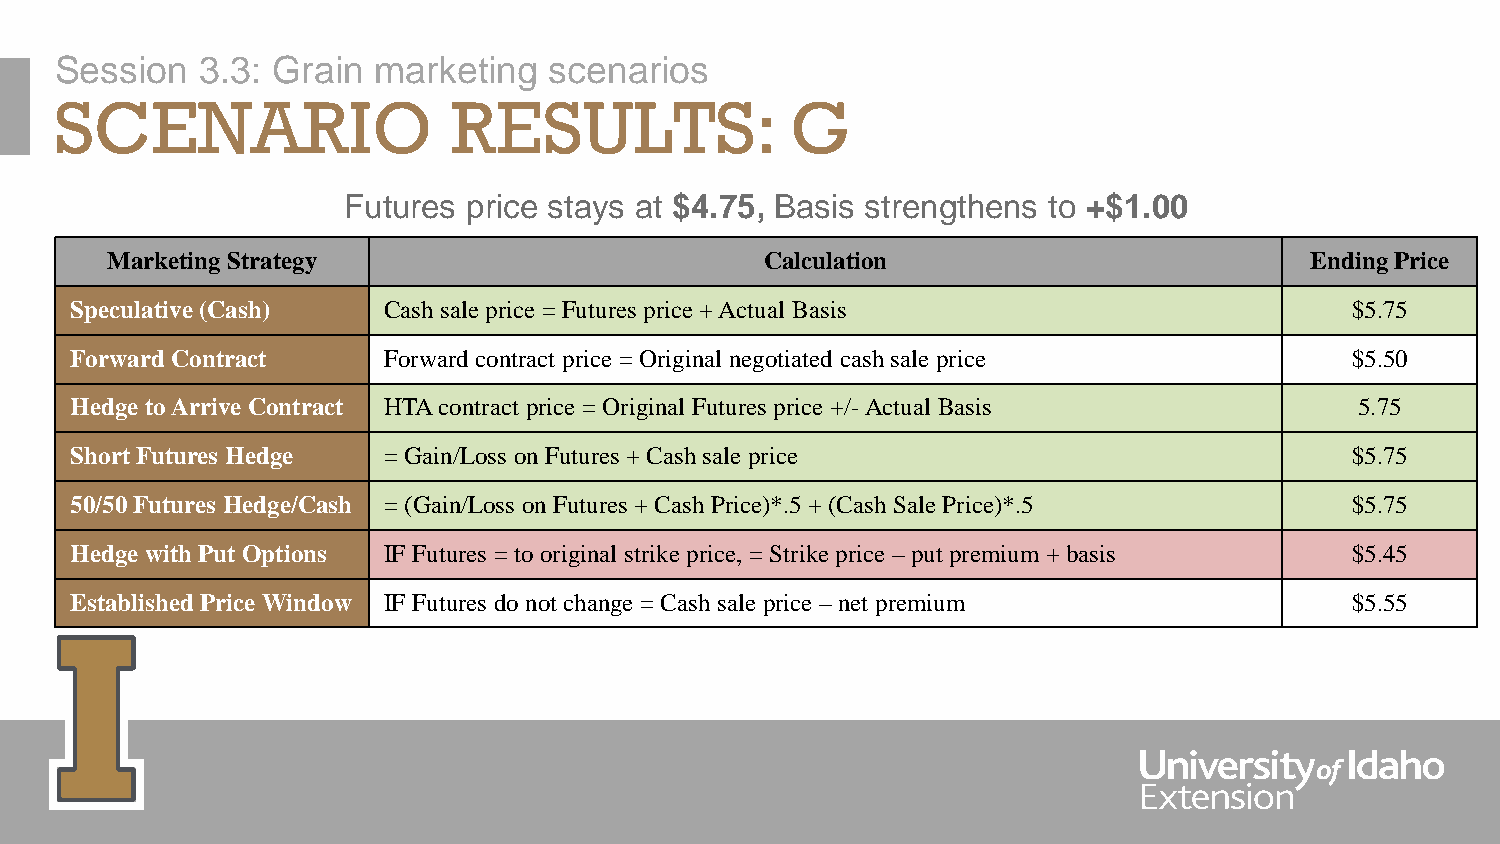
Session  3.3: Grain  marketing  scenarios
 SCENARIO                  RESULTS:              G
 Futures price stays at $4.75, Basis strengthens to +$1.00
 Marketing Strategy                          Calculation                         Ending Price
 Speculative (Cash)  Cash sale price = Futures price + Actual Basis                  $5.75
 Forward Contract    Forward contract price = Original negotiated cash sale price    $5.50
 Hedge to Arrive Contract HTA contract price = Original Futures price +/-Actual Basis 5.75
 Short Futures Hedge = Gain/Loss on Futures + Cash sale price                        $5.75
 50/50 Futures Hedge/Cash = (Gain/Loss on Futures + Cash Price)*.5 + (Cash Sale Price)*.5 $5.75
 Hedge with Put Options IF Futures = to original strike price, = Strike price –put premium + basis $5.45
 Established Price Window IF Futures do not change = Cash sale price –net premium    $5.55